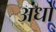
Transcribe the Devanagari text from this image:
अंधो